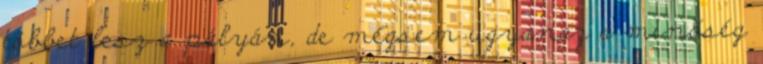
többet lesz a pályán, de mégsem ugyanaz a minőség